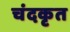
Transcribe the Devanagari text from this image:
चंदकृत